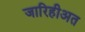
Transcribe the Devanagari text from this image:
जारिहीअत